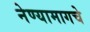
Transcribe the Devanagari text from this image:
नेण्यामागचे